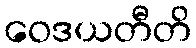
ဝေဒယတီတိ